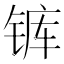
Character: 𰾋